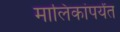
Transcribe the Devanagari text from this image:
मालिकांपर्यंत